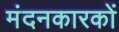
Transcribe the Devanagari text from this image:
मंदनकारकों